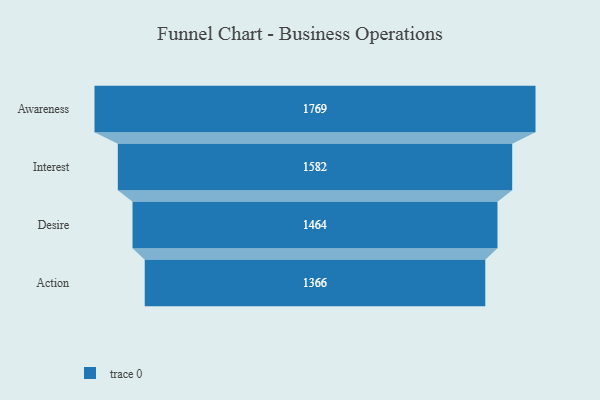
{"axis": {"x": "Stage", "y": "Value"}, "legend": [""], "data": [{"x": "Awareness", "y": 1769.0, "type": ""}, {"x": "Interest", "y": 1582.0, "type": ""}, {"x": "Desire", "y": 1464.0, "type": ""}, {"x": "Action", "y": 1366.0, "type": ""}]}